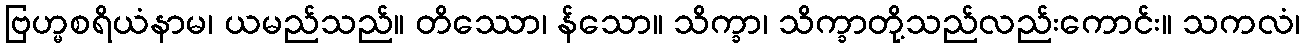
ဗြဟ္မစရိယံနာမ၊ ယမည်သည်။ တိဿော၊ န်သော။ သိက္ခာ၊ သိက္ခာတို့သည်လည်းကောင်း။ သကလံ၊